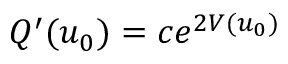
Q ^ { \prime } ( u _ { 0 } ) = c e ^ { 2 V ( u _ { 0 } ) }